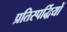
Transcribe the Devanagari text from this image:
प्रतिस्पर्द्धियों